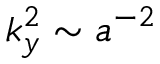
k _ { y } ^ { 2 } \sim a ^ { - 2 }